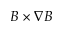
B \times \nabla B